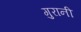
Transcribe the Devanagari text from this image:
गुरानी